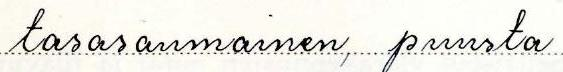
tasasaumainen, puusta